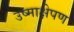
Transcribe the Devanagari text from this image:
उष्माक्षेपण